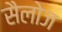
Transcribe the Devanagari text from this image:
सैलोज